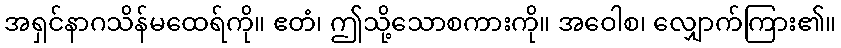
အရှင်နာဂသိန်မထေရ်ကို။ ဧတံ၊ ဤသို့သောစကားကို။ အဝေါစ၊ လျှောက်ကြား၏။